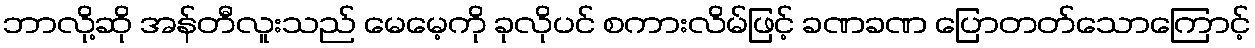
ဘာလို့ဆို အန်တီလူးသည် မေမေ့ကို ခုလိုပင် စကားလိမ်ဖြင့် ခဏခဏ ပြောတတ်သောကြောင့်